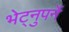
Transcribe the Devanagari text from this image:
भेट्नुपर्ने